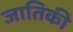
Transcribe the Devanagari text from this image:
जातिकी